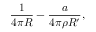
{ \frac { 1 } { 4 \pi R } } - { \frac { a } { 4 \pi \rho R ^ { \prime } } } ,